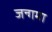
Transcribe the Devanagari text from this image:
जन्गमा